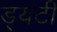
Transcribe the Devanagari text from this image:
ड्यटी